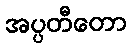
အပ္ပတီတော